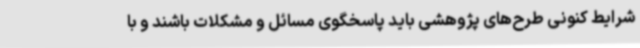
شرایط کنونی طرح‌های پژوهشی باید پاسخگوی مسائل و مشکلات باشند و با